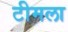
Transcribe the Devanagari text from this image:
टीमला